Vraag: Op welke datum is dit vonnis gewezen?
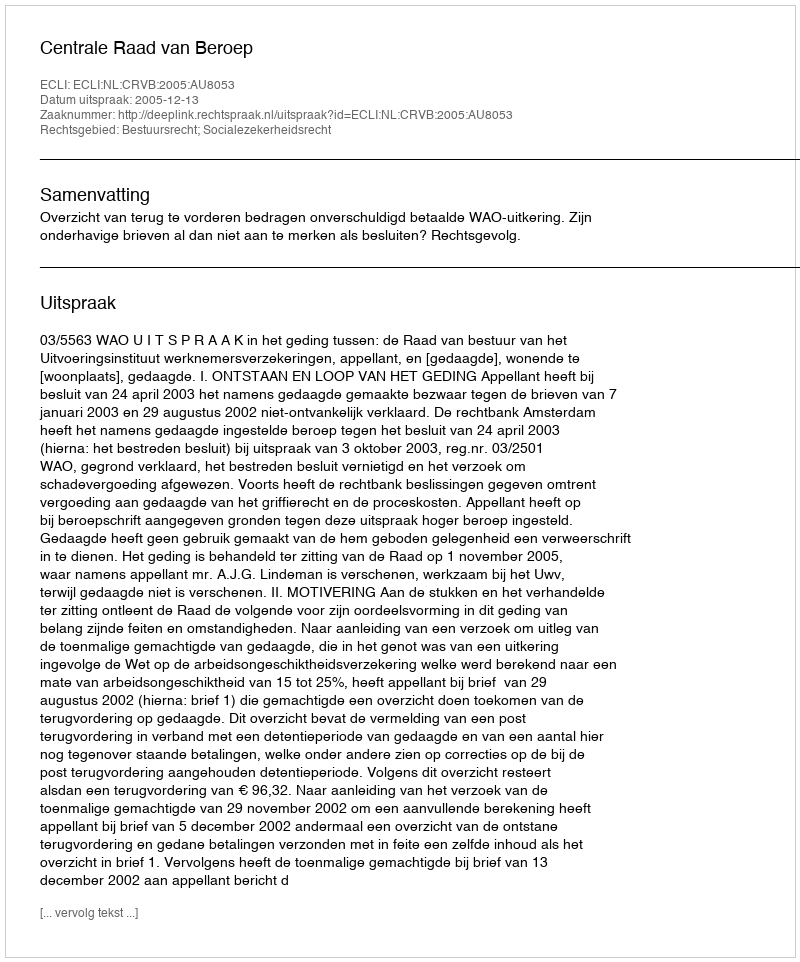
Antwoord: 2005-12-13